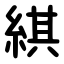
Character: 綨